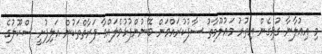
މި އިޢުލާނާ ގުޅިގެން އިތުރު މަޢުލޫމާތު ސާފުކުރައްވަން ބޭނުންފުޅުވެލައްވާ ފަރާތްތަކުން އަލިފުށީ ސްކޫލުގެ